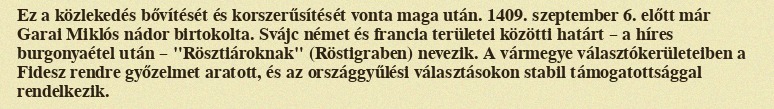
Ez a közlekedés bővítését és korszerűsítését vonta maga után. 1409. szeptember 6. előtt már Garai Miklós nádor birtokolta. Svájc német és francia területei közötti határt – a híres burgonyaétel után – "Rösztiároknak" (Röstigraben) nevezik. A vármegye választókerületeiben a Fidesz rendre győzelmet aratott, és az országgyűlési választásokon stabil támogatottsággal rendelkezik.